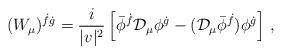
LaTeX: \begin{align*}(W_\mu)^{\dot f\dot g}=\frac{i}{|v|^2}\left[\bar \phi^{\dot f} {\cal D}_\mu\phi^{\dot g} - ({\cal D}_\mu\bar \phi^{\dot f})\phi^{\dot g}\right]\, ,\end{align*}